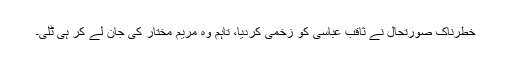
خطرناک صورتحال نے ثاقب عباسی کو زخمی کردیا، تاہم وہ مریم مختار کی جان لے کر ہی ٹلی۔